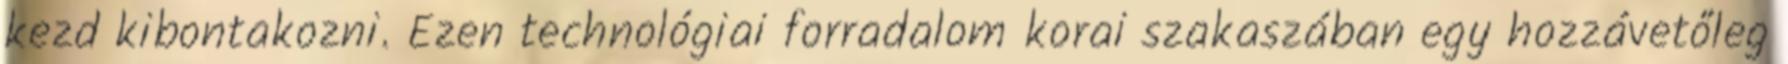
kezd kibontakozni. Ezen technológiai forradalom korai szakaszában egy hozzávetőleg